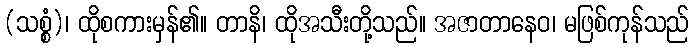
(သစ္စံ)၊ ထိုစကားမှန်၏။ တာနိ၊ ထိုအသီးတို့သည်။ အဇာတာနေဝ၊ မဖြစ်ကုန်သည်